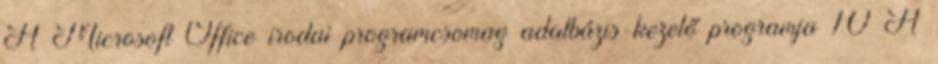
A Microsoft Office irodai programcsomag adatbázis-kezelő programja 10 A